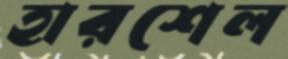
হারশেল